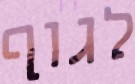
לגוף